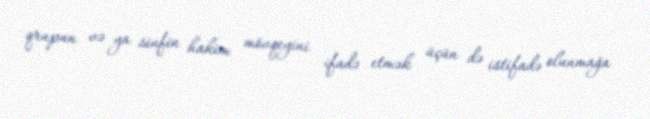
qrupun və ya sinfin hakim mövqeyini ifadə etmək üçün də istifadə olunmağa